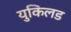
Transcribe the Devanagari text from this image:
युकिलड